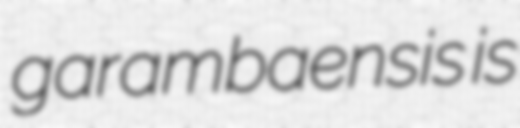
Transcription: garambaensis is